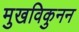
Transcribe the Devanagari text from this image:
मुखविकुनन